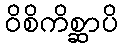
ဝိစိကိစ္ဆာပိ